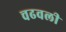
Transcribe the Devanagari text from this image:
चढवली